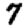
Digit: 7